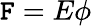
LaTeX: \mathtt{F}=E\phi